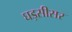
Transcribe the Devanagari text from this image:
घड़सीसर